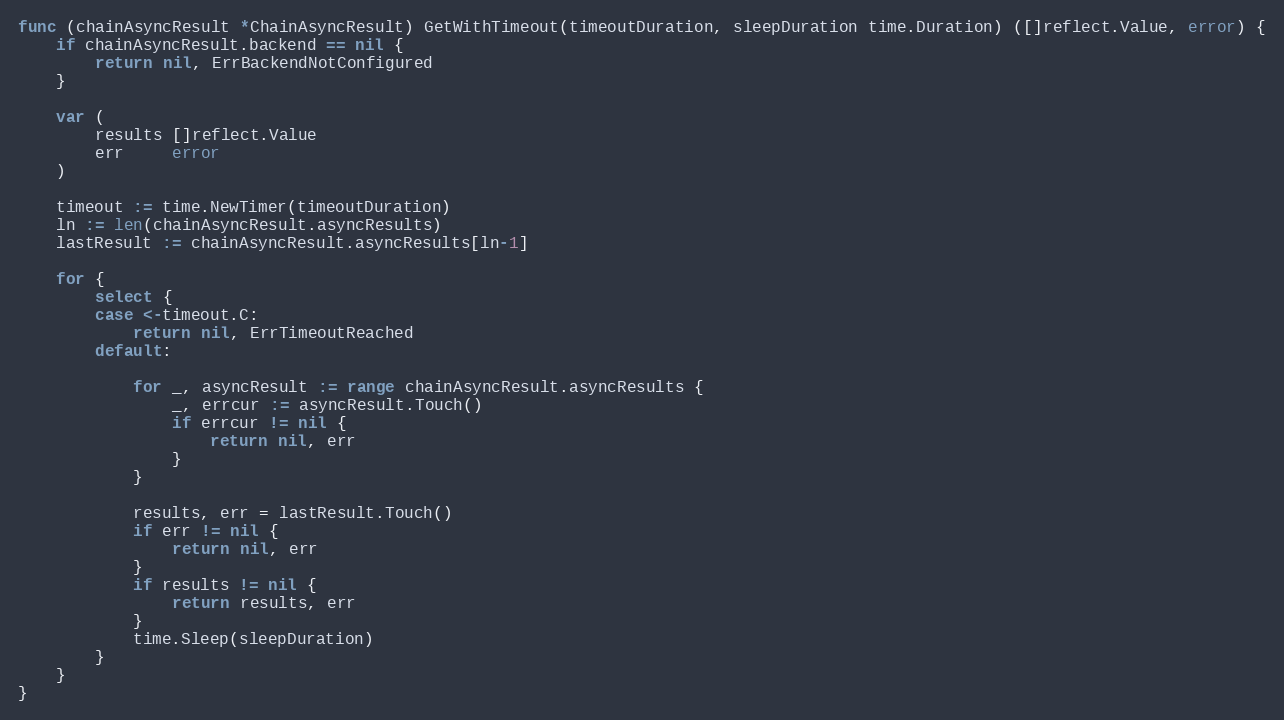
Language: Go
func (chainAsyncResult *ChainAsyncResult) GetWithTimeout(timeoutDuration, sleepDuration time.Duration) ([]reflect.Value, error) {
	if chainAsyncResult.backend == nil {
		return nil, ErrBackendNotConfigured
	}

	var (
		results []reflect.Value
		err     error
	)

	timeout := time.NewTimer(timeoutDuration)
	ln := len(chainAsyncResult.asyncResults)
	lastResult := chainAsyncResult.asyncResults[ln-1]

	for {
		select {
		case <-timeout.C:
			return nil, ErrTimeoutReached
		default:

			for _, asyncResult := range chainAsyncResult.asyncResults {
				_, errcur := asyncResult.Touch()
				if errcur != nil {
					return nil, err
				}
			}

			results, err = lastResult.Touch()
			if err != nil {
				return nil, err
			}
			if results != nil {
				return results, err
			}
			time.Sleep(sleepDuration)
		}
	}
}